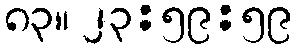
၈၃။ ၂၃:၅၉:၅၉